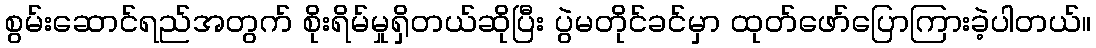
စွမ်းဆောင်ရည်အတွက် စိုးရိမ်မှုရှိတယ်ဆိုပြီး ပွဲမတိုင်ခင်မှာ ထုတ်ဖော်ပြောကြားခဲ့ပါတယ်။